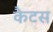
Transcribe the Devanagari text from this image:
कैटस